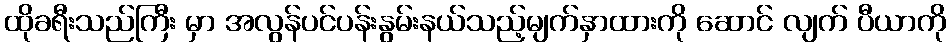
ထိုခရီးသည်ကြီး မှာ အလွန်ပင်ပန်းနွမ်းနယ်သည့်မျက်နှာထားကို ဆောင် လျက် ပီယာကို